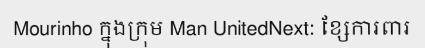
Mourinho ក្នុងក្រុម Man UnitedNext: ខ្សែការពារ